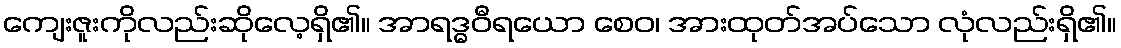
ကျေးဇူးကိုလည်းဆိုလေ့ရှိ၏။ အာရဒ္ဓဝီရယော စေဝ၊ အားထုတ်အပ်သော လုံလည်းရှိ၏။